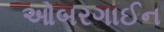
ઓબરગાઈન